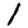
Digit: 1